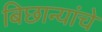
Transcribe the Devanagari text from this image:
बिछान्यांचे